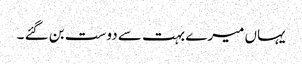
یہاں میرے بہت سے دوست بن گئے ۔